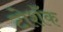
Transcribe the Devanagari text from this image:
टोशॅक